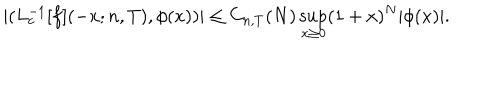
| ( L _ { c } ^ { - 1 } [ f ] ( - x ; n , T ) , \phi ( x ) ) | \leq C _ { n , T } ( N ) \sup _ { x \geq 0 } ( 1 + x ) ^ { N } | \phi ( x ) | .